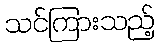
သင်ကြားသည့်